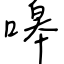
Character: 嗥